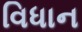
વિધાન